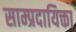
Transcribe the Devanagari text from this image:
साम्प्रदायिक्ता